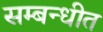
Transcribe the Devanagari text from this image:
सम्‍बन्‍धीत